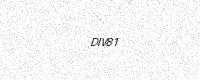
Text: DIV81